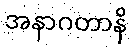
အနာဂတာနိ